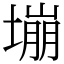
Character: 塴